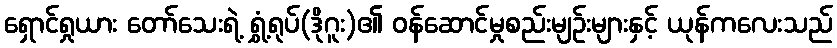
ရှောင်ရှုယား တော်သေးရဲ့ ရွှံ့ရုပ်(ဒိုဂူး)၏ ဝန်ဆောင်မှုစည်းမျဉ်းများနှင့် ယုန်ကလေးသည်